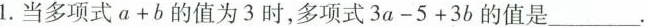
1.当多项式$$a + b$$的值为3时，多项式$$3 a - 5 + 3 b$$的值是___.